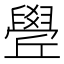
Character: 𦦛